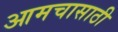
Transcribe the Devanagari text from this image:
आमचासाठी